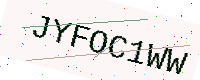
Text: JYFOC1WW